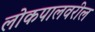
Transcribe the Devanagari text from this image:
लोकपालवरील